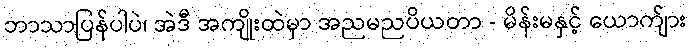
ဘာသာပြန်ပါပဲ၊ အဲဒီ အကျိုးထဲမှာ အညမညပိယတာ - မိန်းမနှင့် ယောက်ျား